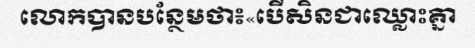
លោកបានបន្ថែមថា៖«បើសិនជាឈ្លោះគ្នា